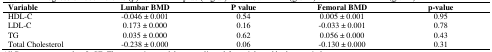
<table><thead><tr><td><b>Variable</b></td><td><b>Lumbar BMD</b></td><td><b>P value</b></td><td><b>Femoral BMD</b></td><td><b>p-value</b></td></tr></thead><tbody><tr><td>HDL-C</td><td>-0.046 ± 0.001</td><td>0.54</td><td>0.005 ± 0.001</td><td>0.95</td></tr><tr><td>LDL-C</td><td>0.173 ± 0.000</td><td>0.16</td><td>-0.033 ± 0.001</td><td>0.78</td></tr><tr><td>TG</td><td>0.035 ± 0.000</td><td>0.62</td><td>0.056 ± 0.000</td><td>0.43</td></tr><tr><td>Total Cholesterol</td><td>-0.238 ± 0.000</td><td>0.06</td><td>-0.130 ± 0.000</td><td>0.31</td></tr></tbody></table>